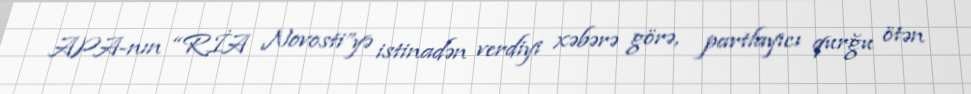
APA-nın “RİA Novosti”yə istinadən verdiyi xəbərə görə, partlayıcı qurğu ötən